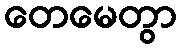
တေမေတွာ